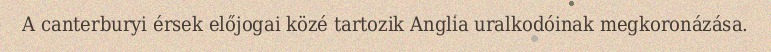
A canterburyi érsek előjogai közé tartozik Anglia uralkodóinak megkoronázása.